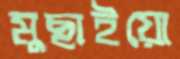
মুছাইয়ো